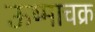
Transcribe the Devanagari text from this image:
ऊष्माचक्र